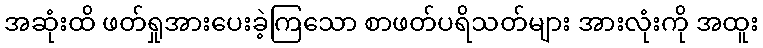
အဆုံးထိ ဖတ်ရှုအားပေးခဲ့ကြသော စာဖတ်ပရိသတ်များ အားလုံးကို အထူး